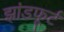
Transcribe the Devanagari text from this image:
झांडफूर्ट